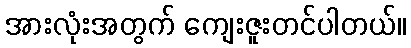
အားလုံးအတွက် ကျေးဇူးတင်ပါတယ်။